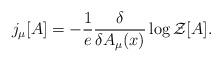
LaTeX: \begin{align*}j_{\mu}[A]=-\frac{1}{e}\frac{\delta}{\delta A_{\mu}(x)}\log {\cal{Z}}[A].\end{align*}